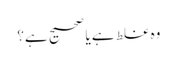
وہ غلط ہے یا صحیح ہے؟